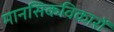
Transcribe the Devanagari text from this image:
मानसिकविकारों